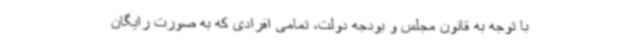
با توجه به قانون مجلس و بودجه دولت، تمامی افرادی که به صورت رایگان